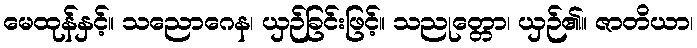
မေထုန်နှင့်။ သညောဂေန၊ ယှဉ်ခြင်းဖြင့်။ သညုတ္တော၊ ယှဉ်၏။ ဇာတိယာ၊